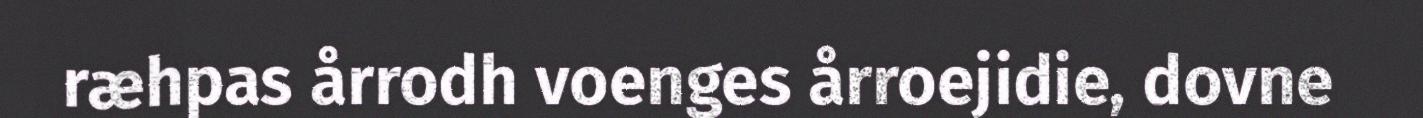
ræhpas årrodh voenges årroejidie, dovne